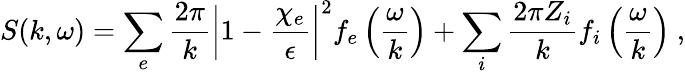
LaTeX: S(k,\omega)=\sum_{e}\frac{2\pi}{k}\left|1-\frac{\chi_{e}}{\epsilon}\right|^{2}f_{e}\left(\frac{\omega}{k}\right)+\sum_{i}\frac{2\pi Z_{i}}{k}f_{i}\left(\frac{\omega}{k}\right)\ ,